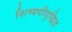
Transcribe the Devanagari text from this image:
शिष्यधीवृद्धिद